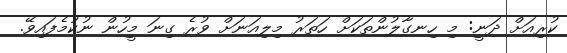
ކުރިއަށް ދަނީ: މި ހިނގާލުންތަކަށް ހަތަރު މިލިއަނަށް ވުރެ ގިނަ މީހުން ނުކުމެފައިވޭ.